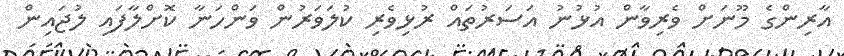
އާރިންގެ މޫނަށް ވެރިވާން އުޅުނު އަސަރުތައް ރުޅިވެރި ކުލަވަރުން ވަންހަނާ ކޮށްލާފައި ލުޖައިން